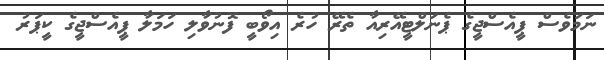
ނަމަވެސް ޕީއެސްޖީގެ ޕެނަލްޓީއޭރިއާ ތެރޭ ހުރެ އިވޯބީ ފޮނުވާލި ހަމަލާ ޕީއެސްޖީގެ ކީޕަރު